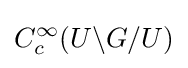
C_{c}^{\infty }(U\backslash G/U)